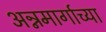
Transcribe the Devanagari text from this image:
अन्नमार्गाच्या